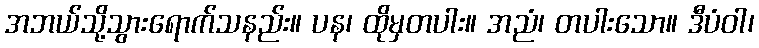
အဘယ်သို့သွားရောက်သနည်း။ ပန၊ ထိုမှတပါး။ အညံ၊ တပါးသော။ ဒီပံဝါ၊